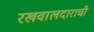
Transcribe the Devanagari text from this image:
रखवालदाराची